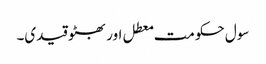
سول حکومت معطل اور بھٹو قیدی۔